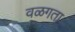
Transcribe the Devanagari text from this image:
वळगता